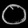
Digit: ၀